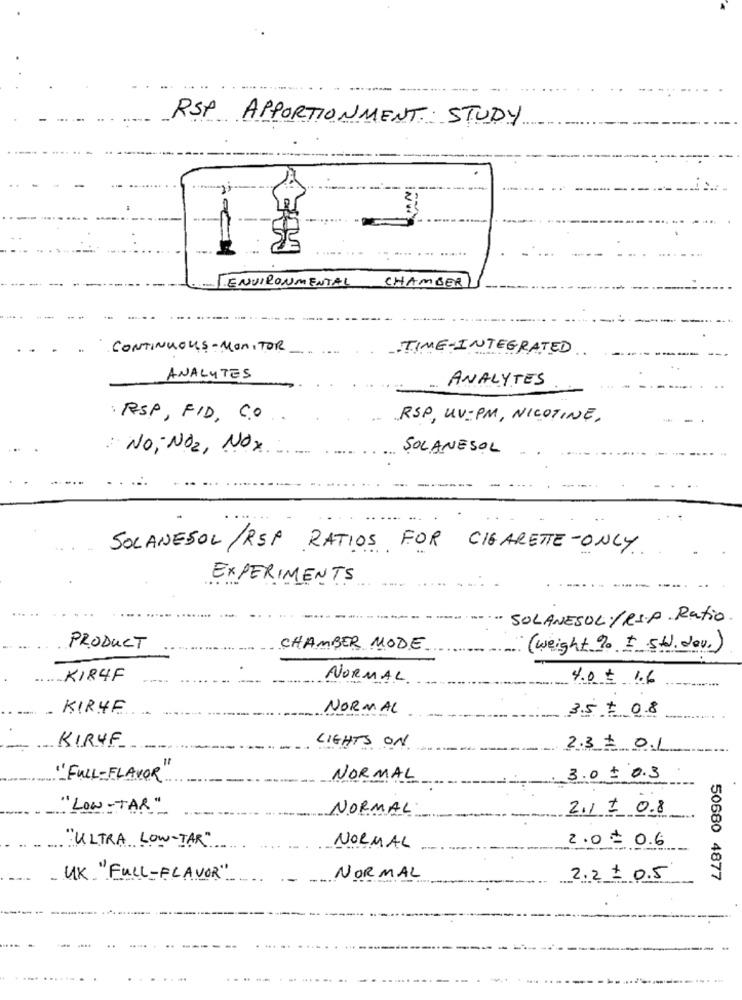
RSA APPORTIONMENT STUDY
ENVIRONMENTAL
CHAMBER
CONTINUOUS - MONITOR
TIME- INTEGRATED
ANALYTES
ANALYTES
RSP, FID, CO ..
RSP, UV-PM, NICOTINE,
SOLANESOL
NO ; NO2 , NO x .
SOLANESOL /RSP RATIOS FOR CIGARETTE-ONLY
EXPERIMENTS
" SOLANESOL / RS.P. Ratio
PRODUCT
CHAMBER MODE
( weight % #
1 Std. dev.)
.KIR4F
NORMAL.
-
4.0 $ 1.6
KIRYE
NORMAL
3.5+ 08
KIRYF
LIGHTS ON
2.3 $ 0.1
"FULL -FLAVOR"
NORMAL
3.0$ 0.3
"LOW-TAR"
NORMAL
2.1 1 0.8
2.0+ 0.6
"ULTRA LOW-TAR"
NORMAL
UK. "FULL-FLAVOR"
NORMAL
2.2 0.5
50680 4877